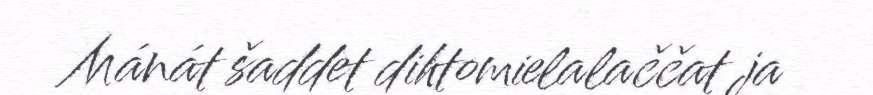
Mánát šaddet dihtomielalaččat ja